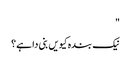
"
نیک بندہ کیویں بنی دا ہے؟